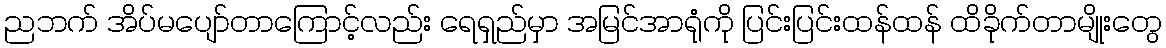
ညဘက် အိပ်မပျော်တာကြောင့်လည်း ရေရှည်မှာ အမြင်အာရုံကို ပြင်းပြင်းထန်ထန် ထိခိုက်တာမျိုးတွေ